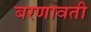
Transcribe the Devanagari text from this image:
बरणावती